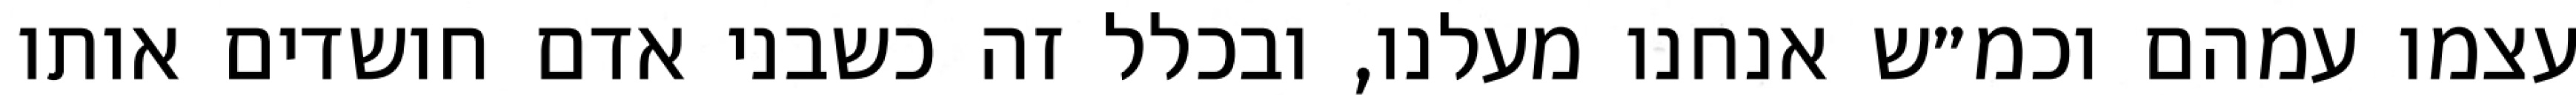
עצמו עמהם וכמ״ש אנחנו מעלנו, ובכלל זה כשבני אדם חושדים אותו